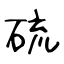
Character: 硫